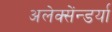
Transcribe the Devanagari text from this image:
अलेक्सेंन्डर्या